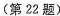
(第22题)